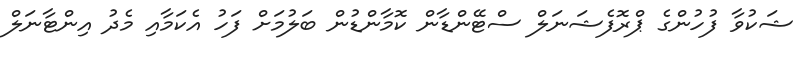
ޝަކުވާ ފުހުންގެ ޕްރޮފެޝަނަލް ސްޓޭންޑާން ކޮމާންޑުން ބަލުމަށް ފަހު އެކަމާއި މެދު އިންޓާނަލް